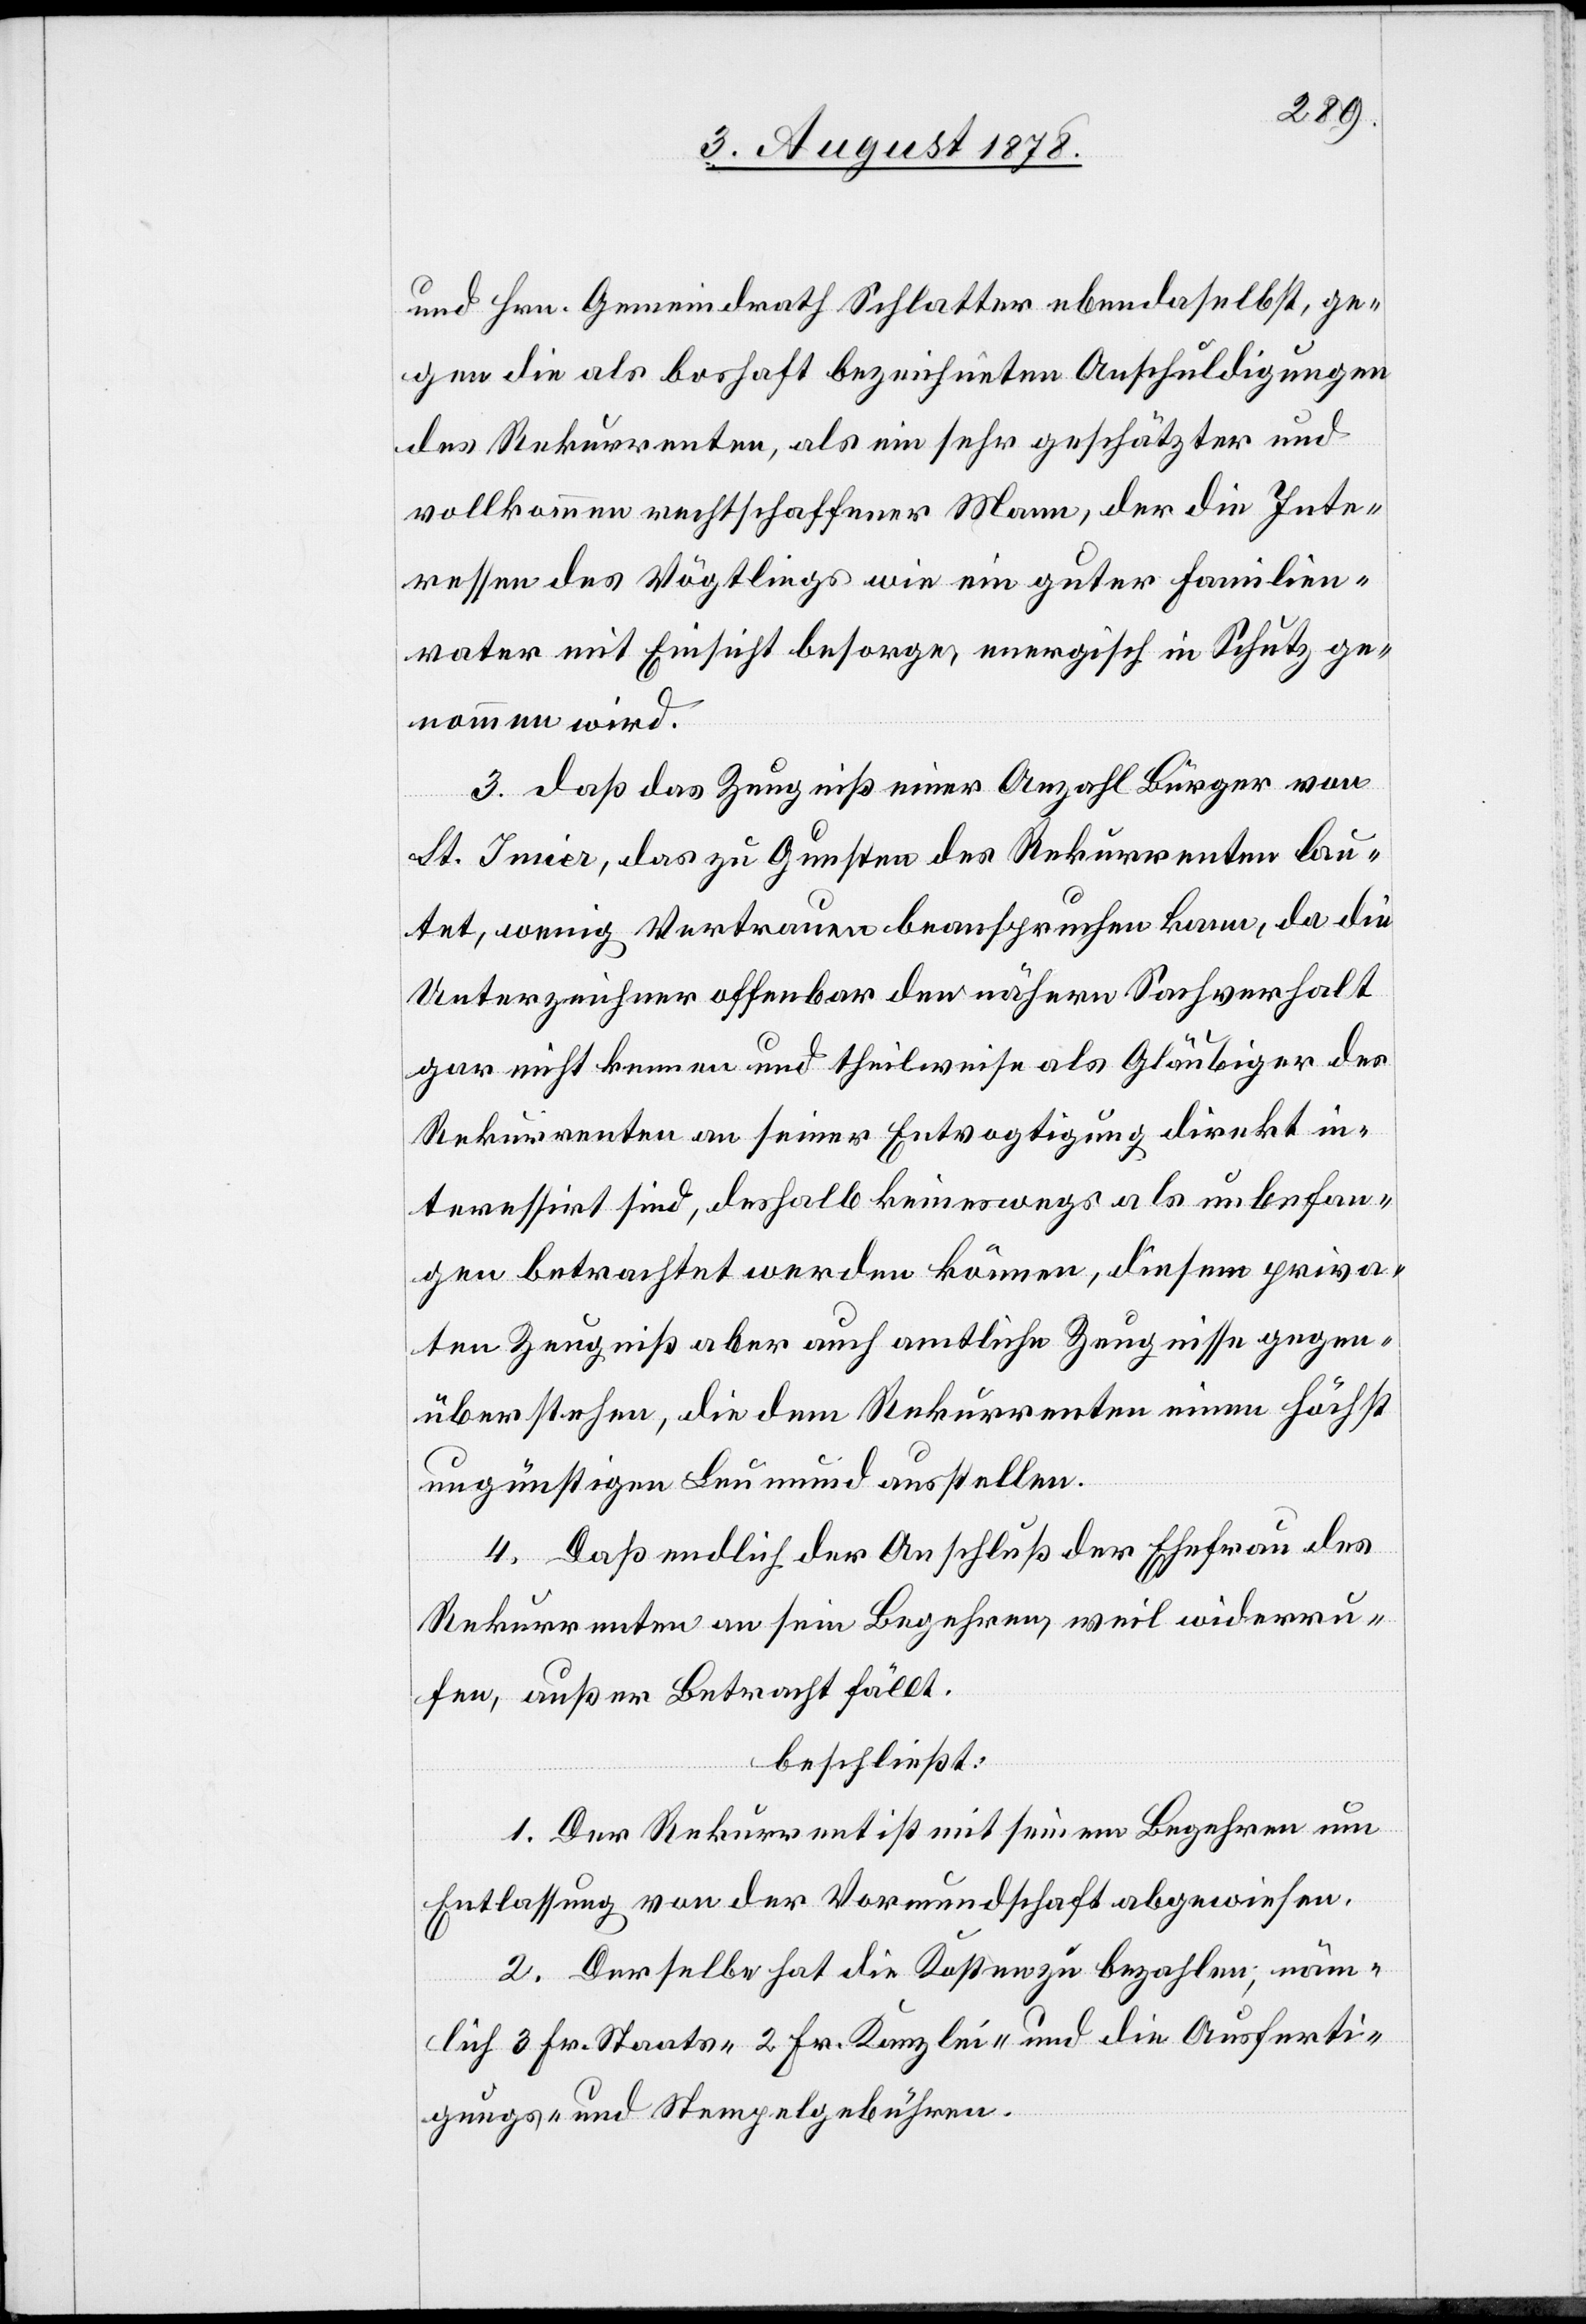
gege¬
und Hrn. Gemeindrath Schlatter ebendaselbst, ge¬
gen die als boshaft bezeichneten Anschuldigungen
des Rekurrenten, als ein sehr geschätzter und
vollkommen rechtschaffener Mann, der die Inte¬
ressen des Vögtlings wie ein guter Familien¬
vater mit Einsicht besorge, energisch in Schutz ge¬
nommen wird.
3. daß das Zeugniß einer Anzahl Bürger von
St. Imier, das zu Gunsten des Rekurrenten lau¬
tet, wenig Vertrauen beanspruchen kann, da die
Unterzeichner offenbar den nähern Sachverhalt
gar nicht kennen und theilweise als Gläubiger der
Rekurrenten an seiner Entvogtigung direkt in¬
teressirt sind, deshalb keineswegs als unbefan¬
gen betrachtet werden können, diesem privaten
nüberstehen, die dem Rekurrenten einen höchst
ungünstigen Leumund ausstellen.
4. Daß endlich der Anschluß der Ehefrau des
Rekurrenten an sein Begehren, weil widerru¬
fen, außer Betracht fällt.
beschließt:
1. Der Rekurrenten ist mit seinem Begehren um
Entlassung von der Vormundschaft abgewiesen.
2. Derselbe hat die Kosten zu bezahlen, näm¬
lich 3 Fr. Staats-[,] 2 Fr. Kanzlei- und die Ausferti¬
gungs- und Stempelgebühren.